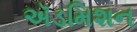
ઍડમિશન